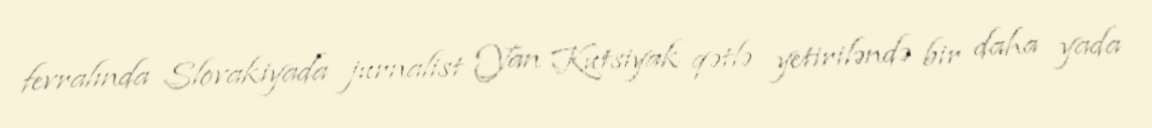
fevralında Slovakiyada jurnalist Yan Kutsiyak qətlə yetiriləndə bir daha yada